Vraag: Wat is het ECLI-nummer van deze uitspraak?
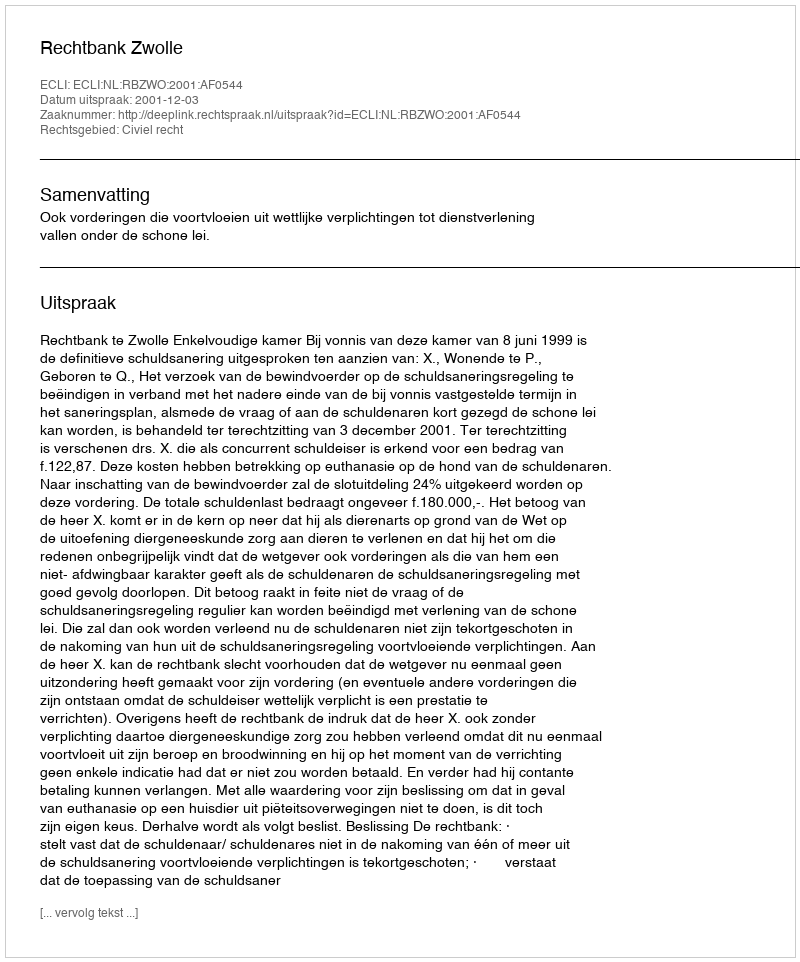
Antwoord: ECLI:NL:RBZWO:2001:AF0544